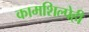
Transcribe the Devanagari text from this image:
कामशिल्पेही